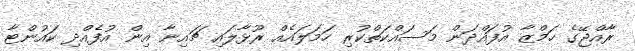
ރާއްޖޭގެ ހަމްޒާ އުފައްދަން މަސައްކަތްކުރި ހަމަލައެއް ރޫޅާލައި ޗައިނާ އިން އުފެއްދި ކައުންޓާ